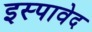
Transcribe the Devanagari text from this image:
इस्पावेद